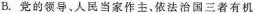
B.党的领导、人民当家作主、依法治国三者有机